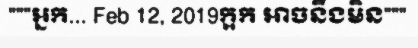
"""អ្នក... Feb 12, 2019ក្អក អាចនឹងមិន"""